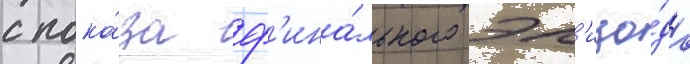
с пока́за ф'ина́льного эп'изо́да